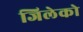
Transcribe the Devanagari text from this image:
जिलेको